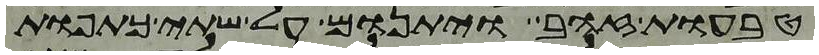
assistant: טבעות זהב ויתנום על שתי כתפות